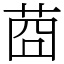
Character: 莔